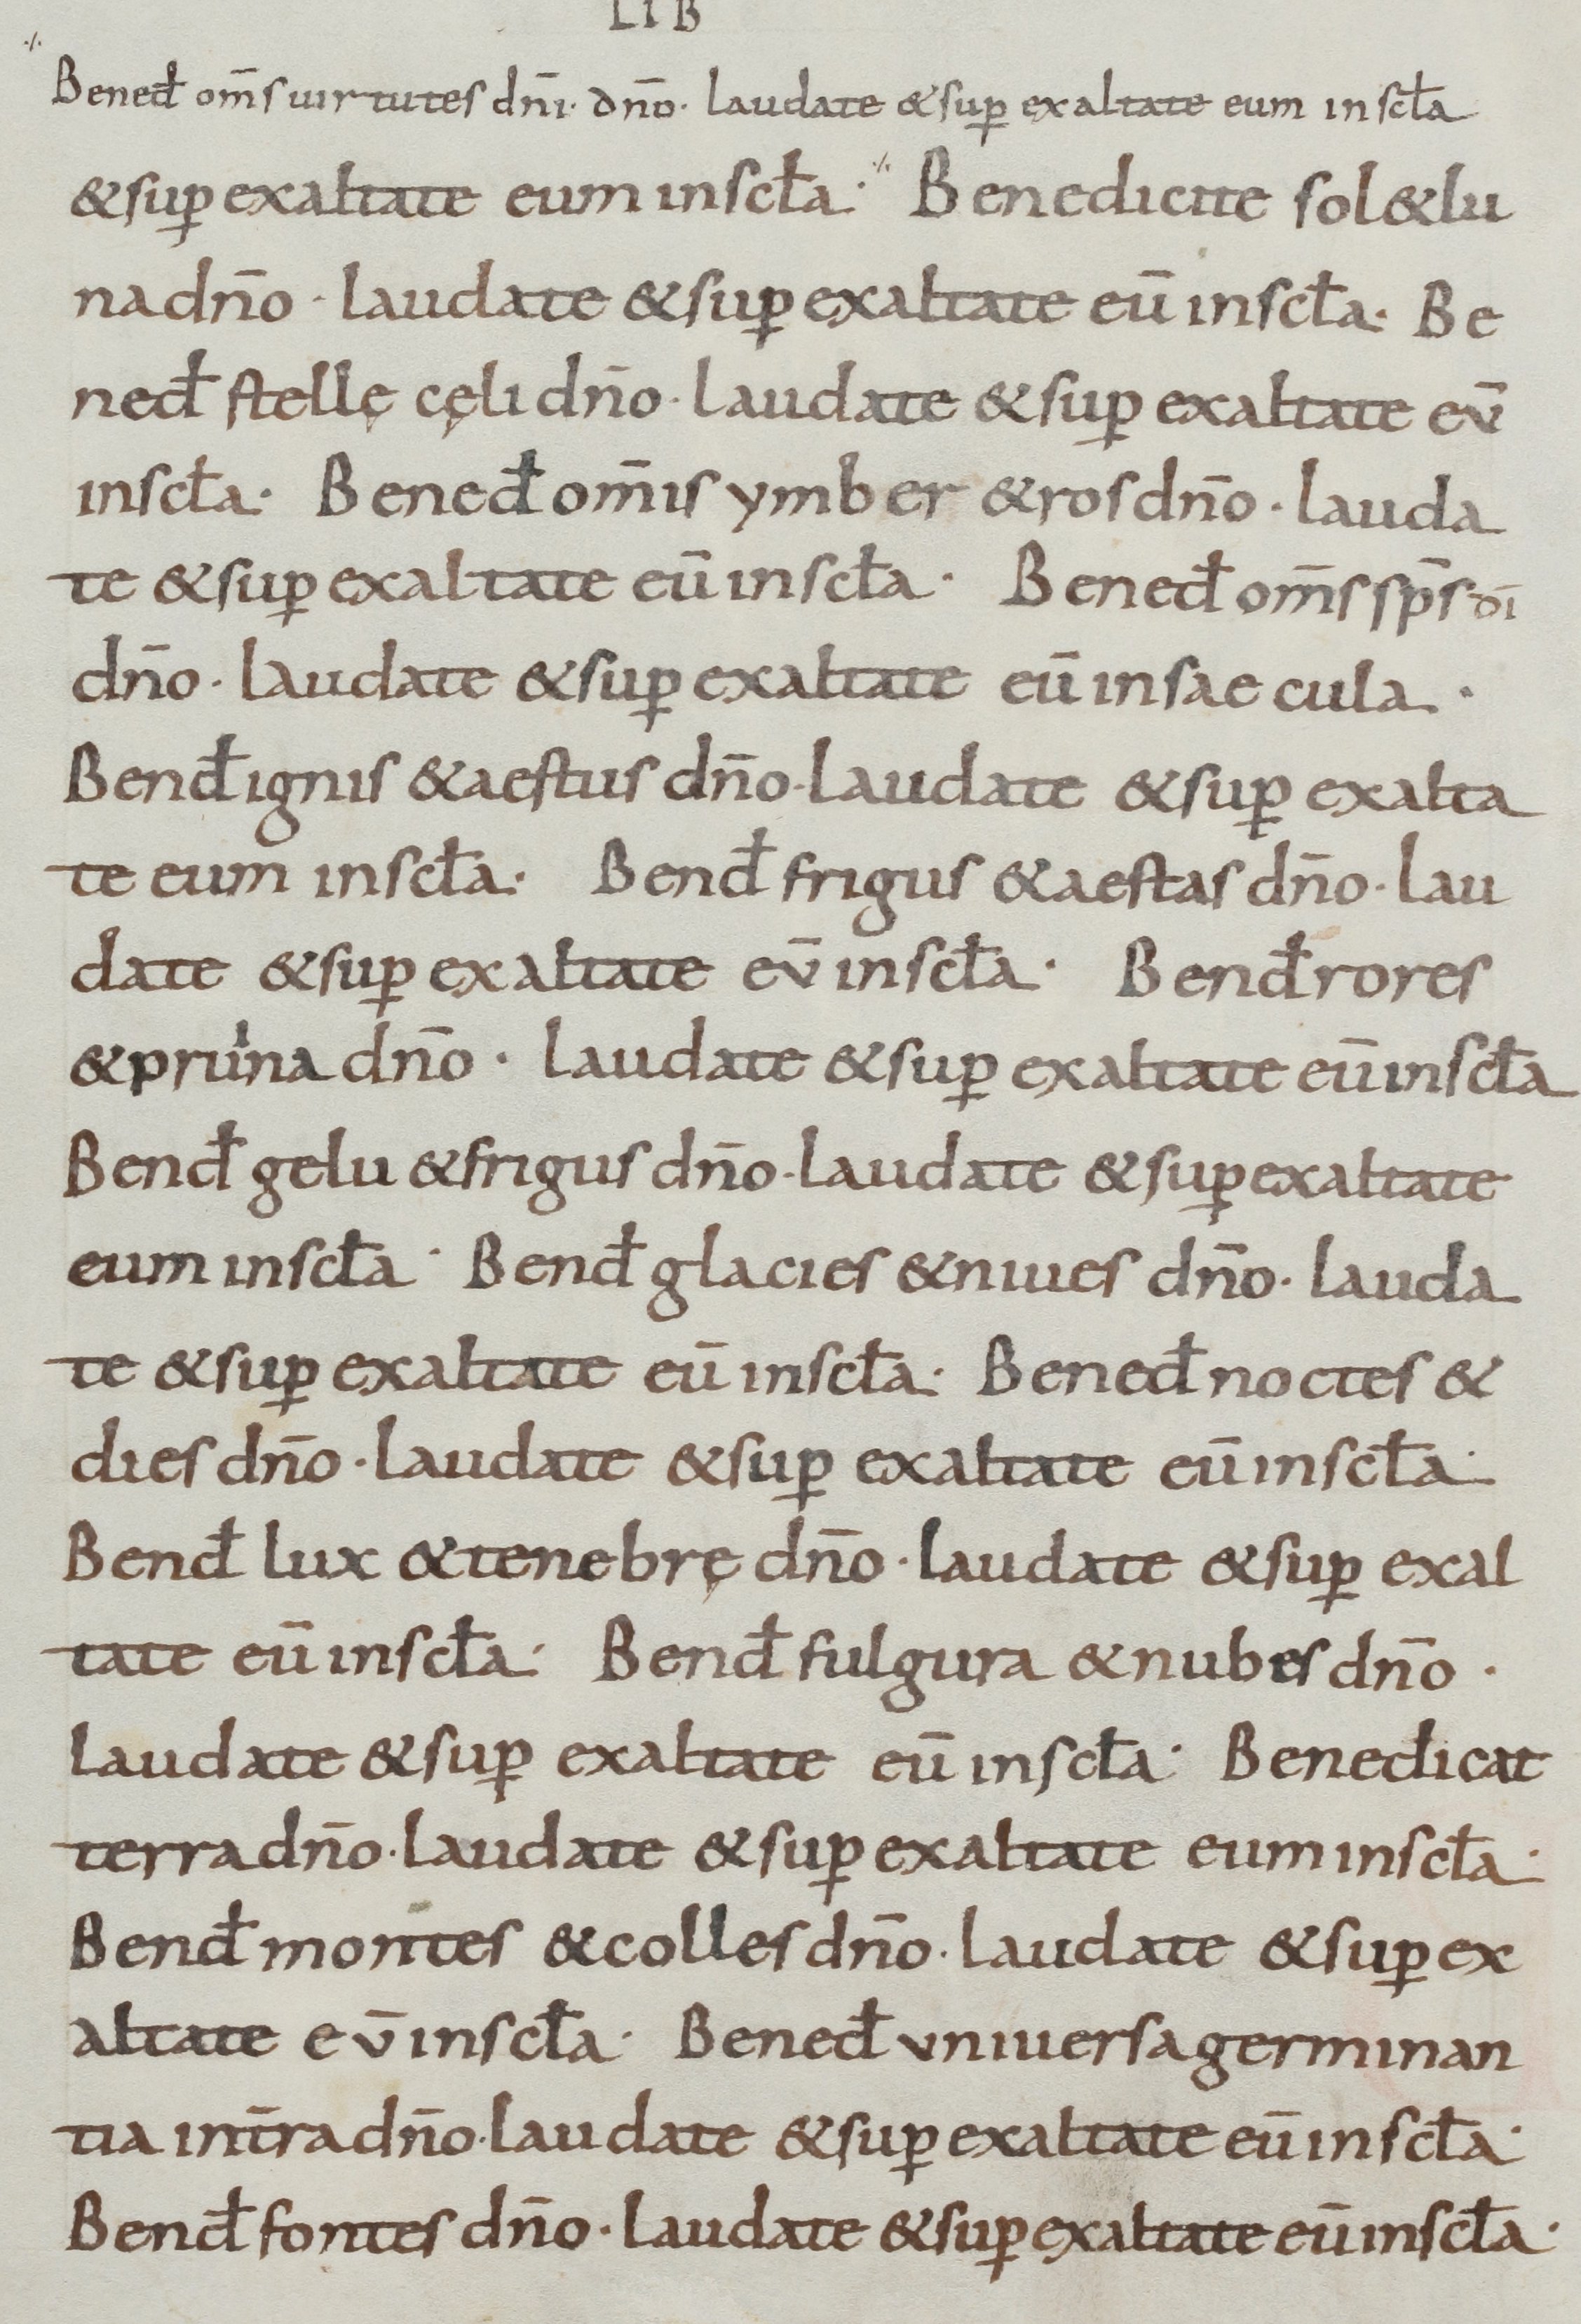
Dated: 800–899